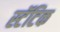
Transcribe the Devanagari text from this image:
स्टॅटिक